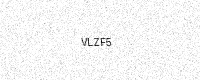
Text: VLZF5